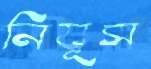
নিযূস